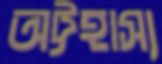
অট্টহাস্য